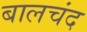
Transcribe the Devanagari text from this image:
बालचंद